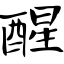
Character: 醒